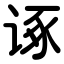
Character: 诼